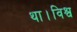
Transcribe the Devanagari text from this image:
था।विश्व